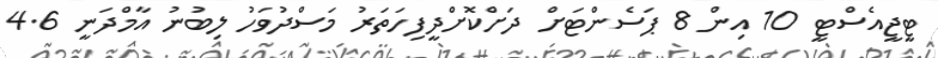
ޓީޖީއެސްޓީ 10 އިން 8 ޕަސެންޓަށް ދަށްކޮށްދީފިހަތަރު މަސްދުވަހު ލިބުނު އާމްދަނީ 4.6